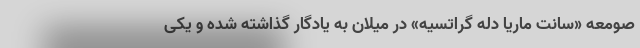
صومعه «سانت ماریا دله گراتسیه» در میلان به یادگار گذاشته شده و یکی